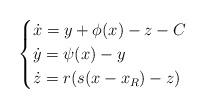
LaTeX: \begin{align*}\begin{cases}\dot{x}=y+\phi(x)-z-C\\\dot{y}=\psi(x)-y\\\dot{z}=r(s(x-x_{R})-z)\end{cases}\end{align*}